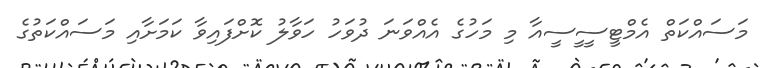
މަސައްކަތް އެމްޓީސީީސީއާ މި މަހުގެ އެއްވަނަ ދުވަހު ހަވާލު ކޮށްފައިވާ ކަމަށާއި މަސައްކަތުގެ